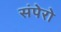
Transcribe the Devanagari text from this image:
संपेरो